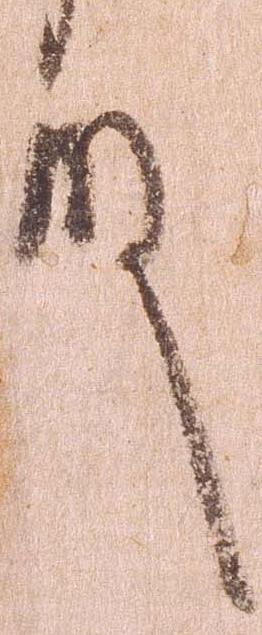
殿